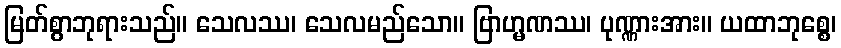
မြတ်စွာဘုရားသည်။ သေလဿ၊ သေလမည်သော။ ဗြာဟ္မဏဿ၊ ပုဏ္ဏားအား။ ယထာဘုစ္စေ၊